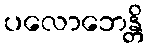
ပလောဘေန္တိ